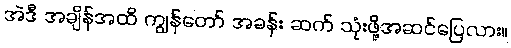
အဲဒီ အချိန်အထိ ကျွန်တော် အခန်း ဆက် သုံးဖို့အဆင်ပြေလား။